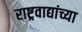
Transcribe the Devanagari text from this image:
राष्ट्रवाद्यांच्या